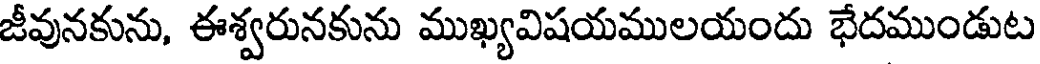
జీవునకును, ఈశ్వరునకును ముఖ్యవిషయములయందు భేదముండుట